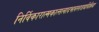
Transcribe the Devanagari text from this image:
निर्विकारात्मकात्सत्वादभावस्तत्राद्यविक्रिया